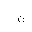
Letter: _non